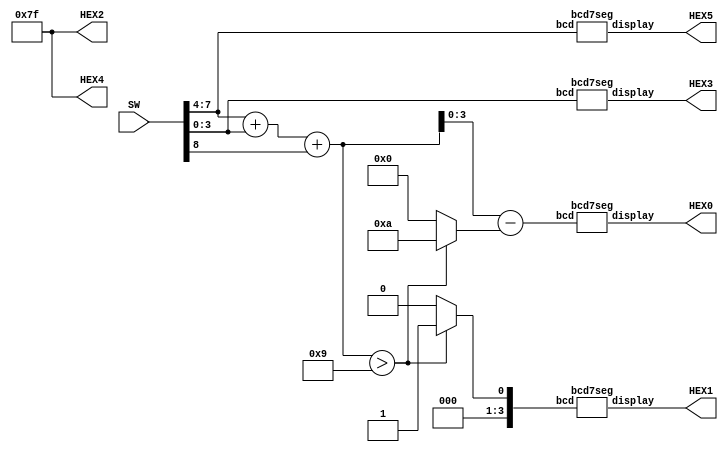
// implements a bcd adder S1 S0 = A + B
// inputs: SW7-4 = A
//         SW3-0 = B
//         SW8   = Cin
// outputs: A is displayed on HEX5
//          B is displayed on HEX3
//          S1 S0 is displayed on HEX1 HEX0
module part5 (SW, HEX5, HEX4, HEX3, HEX2, HEX1, HEX0);
	input [8:0] SW;
	output [0:6] HEX5, HEX4, HEX3, HEX2, HEX1, HEX0;

	wire[3:0] A, B;
	wire Cin;
	
	wire [4:0] S0;
	wire S1;
		
	reg C1;

	wire [4:0] T0;			// used for bcd addition
	reg [4:0] Z0;			// used for bcd addition

	assign A = SW[7:4];
	assign B = SW[3:0];
	assign Cin = SW[8];
	
	// Add two bcd digits. Result is five bits: C1,S0
	assign T0 = {1'b0,A} + {1'b0,B} + Cin;
	always @ (T0)
	begin
		if (T0 > 5'd9)
		begin
			Z0 = 5'd10;		// need to subtract 10 to get least-significant digit
			C1 = 1'b1;		// most-significant digit is 1
		end
		else
		begin
			Z0 = 5'd0;		// we don't need to subtract anything when sum <= 9
			C1 = 1'b0;		// most-significant digit is 0
		end
	end

	assign S0 = T0 - Z0;	// subtract either 10 or 0
	assign S1 = C1;
	
	// drive the displays through 7-seg decoders
	bcd7seg digit3 (A, HEX5);
	bcd7seg digit2 (B, HEX3);
	bcd7seg digit1 ({3'b000,S1}, HEX1);
	bcd7seg digit0 (S0[3:0], HEX0);

	assign HEX4 = 7'b1111111; //  blank
	assign HEX2 = 7'b1111111; //  blank
	
endmodule
			
module bcd7seg (bcd, display);
	input [3:0] bcd;
	output [0:6] display;

	reg [0:6] display;

	/*
	 *       0  
	 *      ---  
	 *     |   |
	 *    5|   |1
	 *     | 6 |
	 *      ---  
	 *     |   |
	 *    4|   |2
	 *     |   |
	 *      ---  
	 *       3  
	 */
	always @ (bcd)
		case (bcd)
			4'h0: display = 7'b0000001;
			4'h1: display = 7'b1001111;
			4'h2: display = 7'b0010010;
			4'h3: display = 7'b0000110;
			4'h4: display = 7'b1001100;
			4'h5: display = 7'b0100100;
			4'h6: display = 7'b0100000;
			4'h7: display = 7'b0001111;
			4'h8: display = 7'b0000000;
			4'h9: display = 7'b0000100;
			default: display = 7'b1111111;
		endcase
endmodule